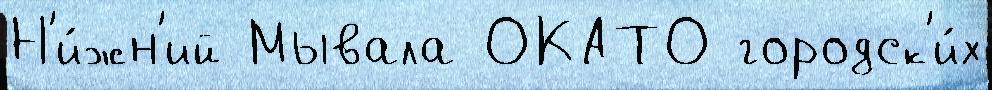
Н'и́жн'ий Мывала ОКАТО городск'и́х